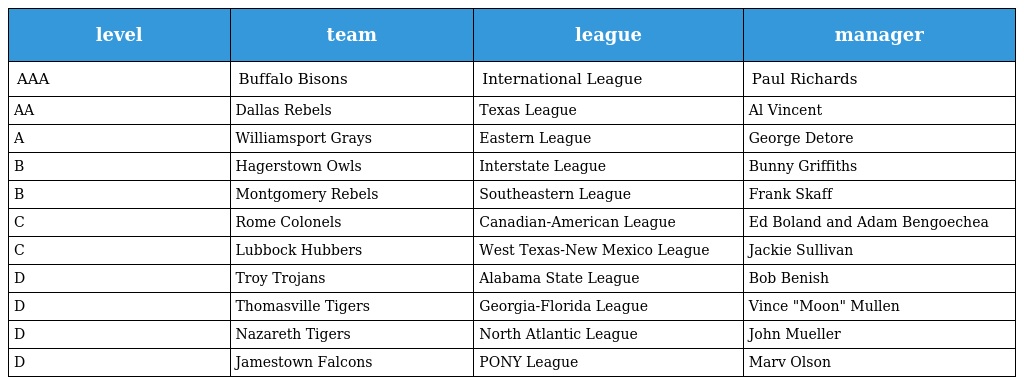
| level | team | league | manager |
 | --- | --- | --- | --- |
 | AAA | Buffalo Bisons | International League | Paul Richards |
 | AA | Dallas Rebels | Texas League | Al Vincent |
 | A | Williamsport Grays | Eastern League | George Detore |
 | B | Hagerstown Owls | Interstate League | Bunny Griffiths |
 | B | Montgomery Rebels | Southeastern League | Frank Skaff |
 | C | Rome Colonels | Canadian-American League | Ed Boland and Adam Bengoechea |
 | C | Lubbock Hubbers | West Texas-New Mexico League | Jackie Sullivan |
 | D | Troy Trojans | Alabama State League | Bob Benish |
 | D | Thomasville Tigers | Georgia-Florida League | Vince "Moon" Mullen |
 | D | Nazareth Tigers | North Atlantic League | John Mueller |
 | D | Jamestown Falcons | PONY League | Marv Olson |